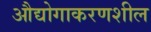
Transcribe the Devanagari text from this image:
औद्योगाकरणशील